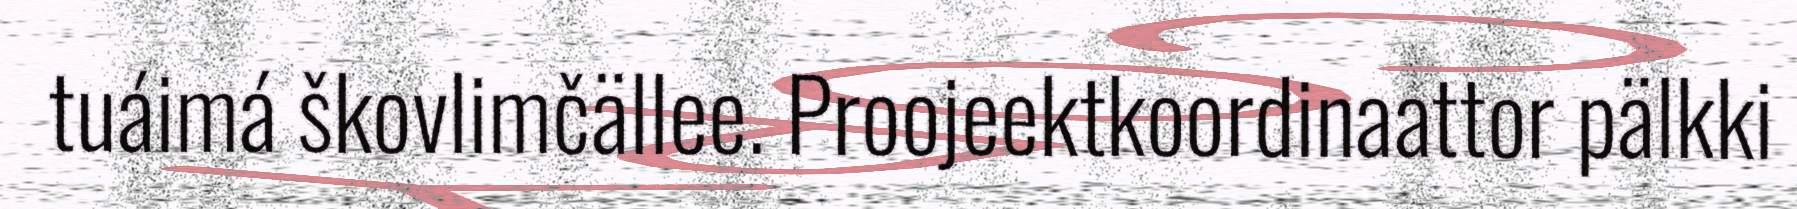
tuáimá škovlimčällee. Proojeektkoordinaattor pälkki